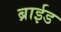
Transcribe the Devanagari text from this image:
ब्राईड